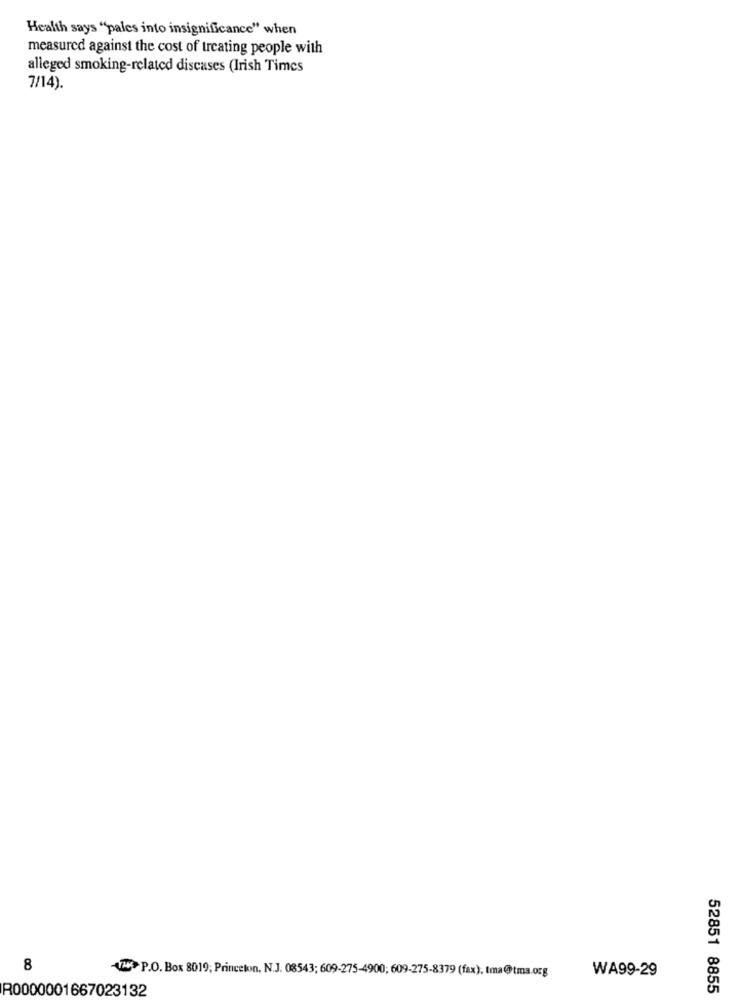
Health says "pales into insignificance" when
measured against the cost of treating people with
alleged smoking-related discases (Irish Times
7/14).
8
-VLP.O. Box 8019; Princeton, N.J. 08543; 609-275-4900; 609-275-8379 (fax). Ima@tma.org
WA99-29
R0000001667023132
52851 8855